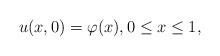
LaTeX: \begin{align*}u(x,0)=\varphi(x), 0\le x\le 1,\end{align*}